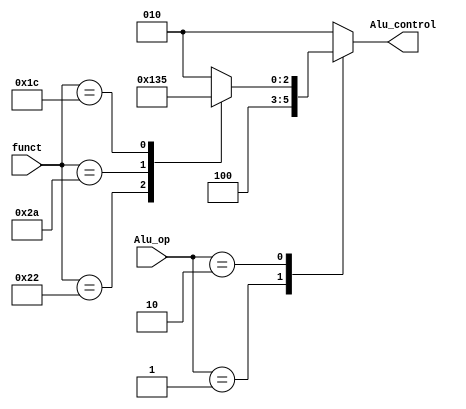
module Alu_decoder (
    input wire [5:0] funct,
    input wire [1:0] Alu_op,
    output reg [2:0] Alu_control
);
  
always @(*)
    begin
        case (Alu_op)
            2'b00: Alu_control=3'b010;
            2'b01: Alu_control=3'b100;
            2'b10:
                begin
                    case (funct)
                        6'b100000: Alu_control=3'b010;
                        6'b100010: Alu_control=3'b100;
                        6'b101010: Alu_control=3'b110;
                        6'b011100: Alu_control=3'b101;
                        default: Alu_control=3'b010;
                    endcase
                end
            default: Alu_control=3'b010;
        endcase
    end
endmodule